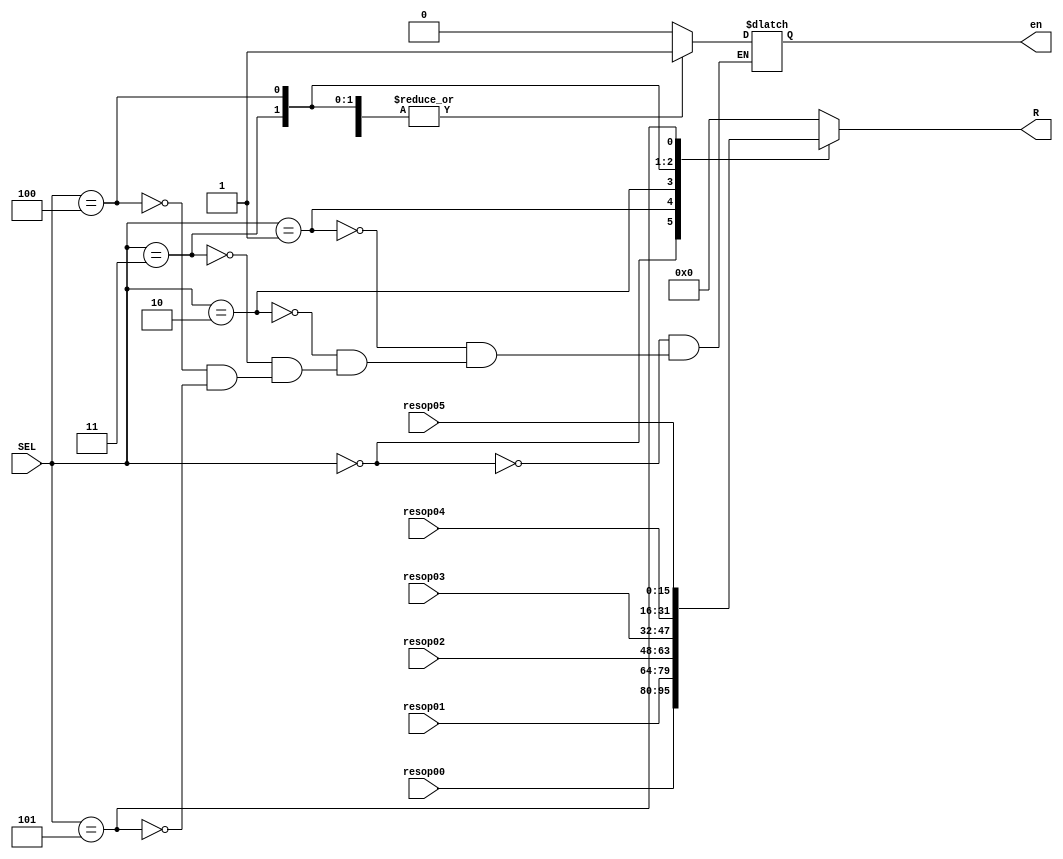
`timescale 1ns / 1ps
//////////////////////////////////////////////////////////////////////////////////
// Company: 
// Engineer: 
// 
// Design Name: 
// Module Name: multiplexor
// Project Name: 
// Target Devices: 
// Tool Versions: 
// Description: 
// 
// Dependencies: 
// 
// Revision:
// Revision 0.01 - File Created
// Additional Comments:
// 
//////////////////////////////////////////////////////////////////////////////////

//--------------------------Modulo multiplexor--------------------------
module multiplexor(
//---------I/O multiplexor---------
    input [15:0] resop00, resop01, resop02, 
    input [15:0] resop03, resop04, resop05,
    input [2:0] SEL,
    output reg [15:0] R,
    output reg en
    );
//Declaraciones de seales internas 
//NA
    //Cuerpo del modulo
    always @*
    begin
        case(SEL)
            3'b000 : 
                begin
                    R =   resop00;
                    en = 1'b0;
                end //end 3'b000
            3'b001 : 
                begin
                    R = resop01;
                    en = 1'b1;
                end //end 3'b001
            3'b010 :
                begin
                R = resop02;
                en = 1'b0;
                end //end 3'b010
            3'b011 :
                begin
                    R = resop03;
                    en = 1'b1;
                end //end 3'b011
            3'b100 :
                begin
                    R = resop04;
                    en = 1'b1;
                end //end 3'b100
            3'b101 : 
                begin
                    R = resop05;
                    en = 1'b0;
                end //end 3'b101
                
            default: R = 0;
        endcase // end case
    end//end always
    
endmodule